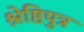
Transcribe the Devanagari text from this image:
श्रेष्ठिपुत्र